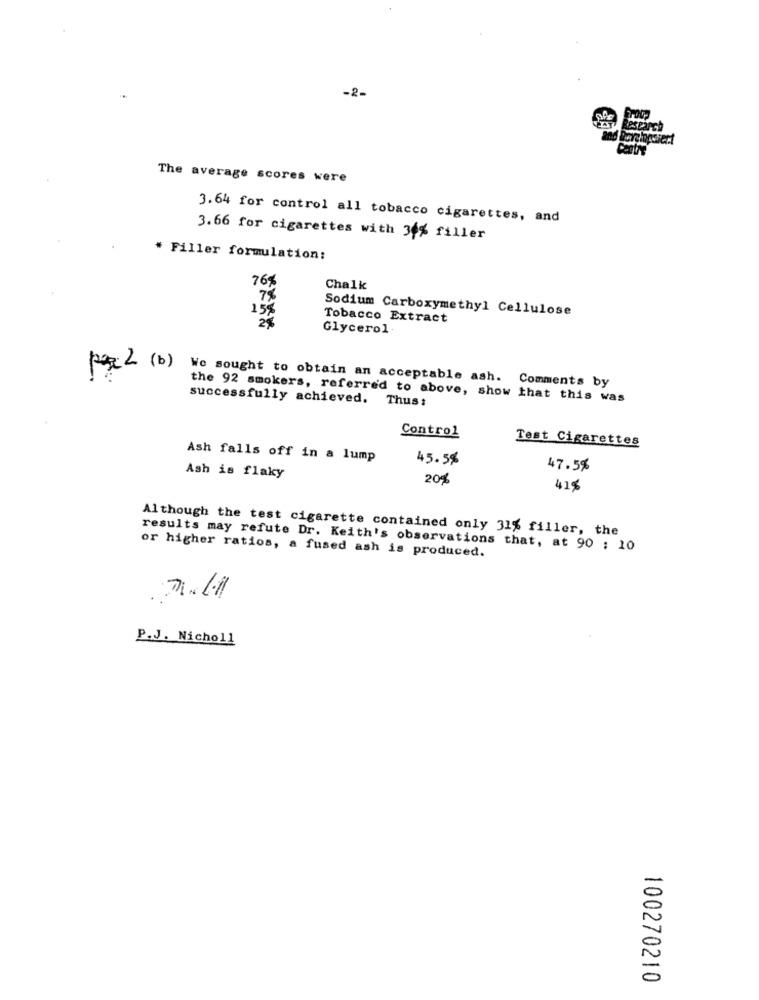
-2-
Research
The average scores were
3.64 for control all tobacco cigarettes, and
3.66 for cigarettes with 34% filler
* Filler formulation:
76%
Chalk
7%
15%
Sodium Carboxymethyl Cellulose
2%
Tobacco Extract
Glycerol.
pax 2 (b)
We sought to obtain an acceptable ash. Comments by
successfully achieved. Thus:
the 92 smokers, referred to above, show that this was
Control
Test Cigarettes
Ash falls off in a lump
45.5%
47.5%
Ash is flaky
20%
41$
Although the test cigarette contained only 31% filler, the
or higher ratios, a fused ash is produced.
results may refute Dr. Keith's observations that, at 90 ; 10
P .J. Nicholl
100270210